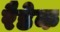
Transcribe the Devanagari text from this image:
रैडेक